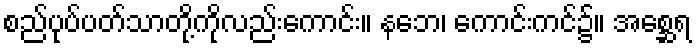
စည်ပုပ်ပတ်သာတို့ကိုလည်းကောင်း။ နဘေ၊ ကောင်းကင်၌။ အစ္ဆေရ